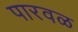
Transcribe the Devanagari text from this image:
पारवळ